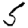
Digit: 5